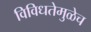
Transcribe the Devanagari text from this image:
विविधतेमुळेच